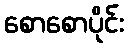
စောစောပိုင်း